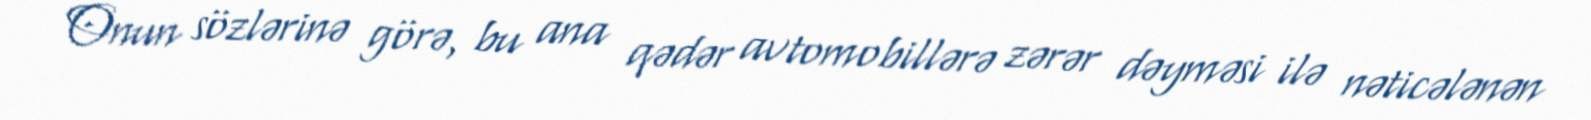
Onun sözlərinə görə, bu ana qədər avtomobillərə zərər dəyməsi ilə nəticələnən